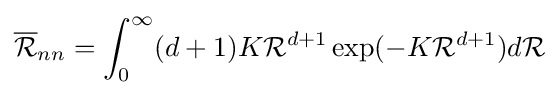
{\overline {\mathcal {R}}}_{nn}=\int _{0}^{\infty }(d+1)K{\mathcal {R}}^{d+1}\exp(-K{\mathcal {R}}^{d+1})d{\mathcal {R}}